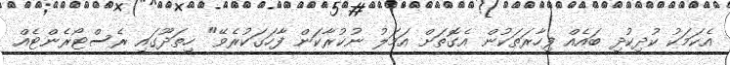
އެކަމަކު ކުދިކުދި ބައެއް ފިހާރަތަކުން އެގޮތަށް އަމަލު ނުކުރާކަން ފާހަގަކުރެވޭ" ހިތަދޫގައި ރެސްޓޯރެންޓެއް